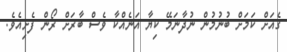
ގެއަށް ކަމަށް ބުނުމުން ނުދާނަމޭ ކިޔާ އަނެއްކާ ވެސް ބާރަށް ރޯން ފެށިއެވެ.